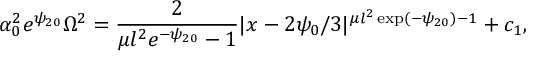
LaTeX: \alpha _ { 0 } ^ { 2 } e ^ { \psi _ { 2 0 } } \Omega ^ { 2 } = \frac { 2 } { \mu l ^ { 2 } e ^ { - \psi _ { 2 0 } } - 1 } | x - 2 \psi _ { 0 } / 3 | ^ { \mu l ^ { 2 } \exp ( - \psi _ { 2 0 } ) - 1 } + c _ { 1 } ,